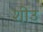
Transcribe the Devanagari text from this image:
शीउ